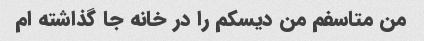
من متاسفم من دیسکم را در خانه جا گذاشته ام